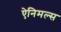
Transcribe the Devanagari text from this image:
ऐनिमल्स